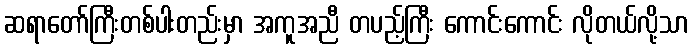
ဆရာတော်ကြီးတစ်ပါးတည်းမှာ အကူအညီ တပည့်ကြီး ကောင်းကောင်း လိုတယ်လို့သာ